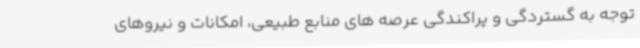
توجه به گستردگی و پراکندگی عرصه های منابع طبیعی، امکانات و نیروهای